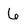
Character: 6